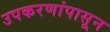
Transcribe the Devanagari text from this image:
उपकरणांपासून